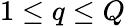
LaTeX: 1\le q\le Q